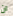
ان